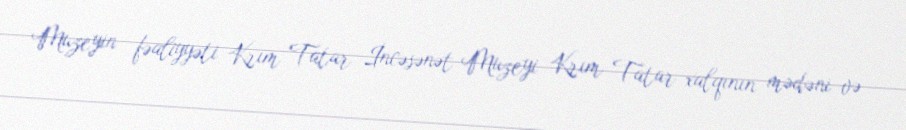
Muzeyin fəaliyyəti Krım Tatar İncəsənət Muzeyi Krım Tatar xalqının mədəni və